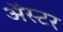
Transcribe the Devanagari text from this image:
ॲस्टर